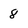
Character: 8